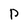
Character: P